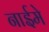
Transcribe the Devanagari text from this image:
नाईमे